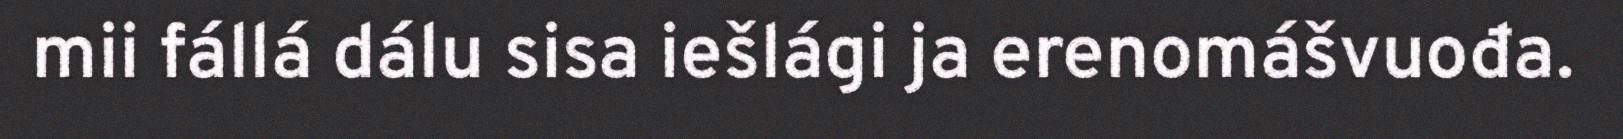
mii fállá dálu sisa iešlági ja erenomášvuođa.